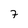
Character: 7